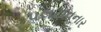
પલટાવનાર